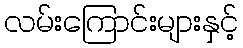
လမ်းကြောင်းများနှင့်